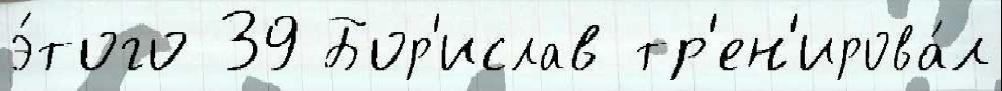
э́того 39 Бор'ислав тр'ен'ирова́л